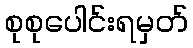
စုစုပေါင်းရမှတ်